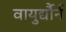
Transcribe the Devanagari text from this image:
वायुर्द्यौर्न